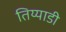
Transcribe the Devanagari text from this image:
तिय्याडी